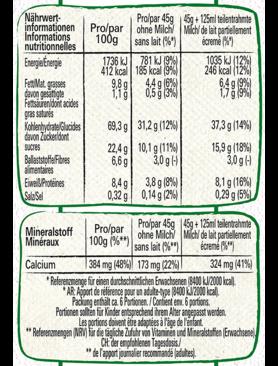
Nährwertinformationen Informations nutritionnelles
Energie Energie
FetMat grasses davon gestigte Fettsäuren/dont acides
gras saturés
Kohlenhydrate Glucides davon Zuckerdont Sucres BallaststoffelFibres alimentaires
Eiweil Proteines
Sala Sel
Mineralstoff Minéraux
Calcium
Pro/par 100g
1736 kJ
412 kcal 9.8g 1,19
69,3 g
8,4g
0,32 g
Prolpar 45g ohne Milch sans lait (%)
Pro/par
100g (%)
781 kJ (9%)
185 kcal (9%)
4.4 g (6%)
0,5 g (3%)
22,4g 10,1 g (11%) 3,0gH
6,6g
31,2 g (12%)
3,8 g (8%)
0,14 g (2%)
Pro/par 45g
ohne Milch
sans lait (%)
45g+125ml teilentrahmte Milch/ de lait partiellement écreme (
1035 kJ (12%)
246 kcal (12%)
6.4 g (9%)
1,7 (9%)
37,3 g (14%)
15,9 g (18%) 3,0g
8,1g (16%)
0,29 g (5%)
45g+125ml teilentrahmte Milch/ de lait partiellement écreme (
384 mg (48%) 173 mg (22%)
324 mg (41%)
*Referencamenge für einen durchschnittlichen Erwachsenen (8400 kJ/2000kcal "AR: Apport de référence pour un adulte-type (8400 kJ/2000 kcal) Packung enthält ca. 6 Portionen./Contienten6portions. Portionen sollten für Kinder entsprechend ihrem Alter angepasst werden. Les portions doivent être adaptées à l'âge de l'enfant. "Referensmengen (NRV) für die tägliche Zufuhr von Vitaminen und Mineralstoffen (Erwachsene CH der empfohlenen Tagesdosis
"de l'apport journalier recommandé adultes)